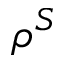
\rho ^ { S }